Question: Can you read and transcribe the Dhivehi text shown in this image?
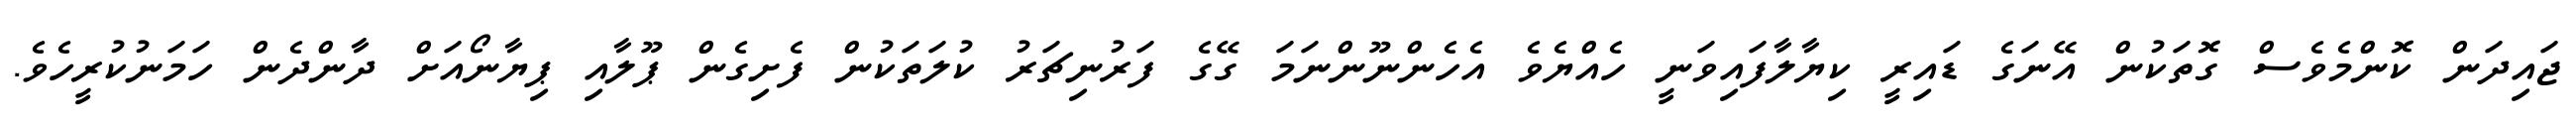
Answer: ޖައިދަން ކޮންމެވެސް ގޮތަކުން އޭނަގެ ޑައިރީ ކިޔާލާފައިވަނީ ހެއްޔެވެ އެހެންނޫންނަމަ ގޭގެ ފަރުނިޗަރު ކުލަތަކުން ފެށިގެން ޕޫލާއި ޕިޔާނޯއަށް ދާންދެން ހަމަނުކުރީހެވެ.